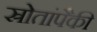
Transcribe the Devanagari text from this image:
स्रोतांपैकी